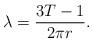
LaTeX: \begin{align*}\lambda=\frac{3T-1}{2 \pi r}.\end{align*}